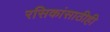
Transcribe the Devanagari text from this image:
रसिकांसाठीही